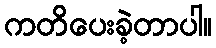
ကတိပေးခဲ့တာပါ။